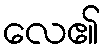
လေ၏